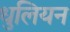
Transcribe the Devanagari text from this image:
धुलियन